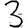
Digit: 3